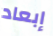
إبعاد